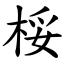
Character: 桵